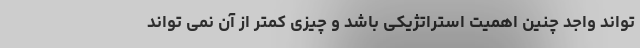
تواند واجد چنین اهمیت استراتژیکی باشد و چیزی کمتر از آن نمی تواند